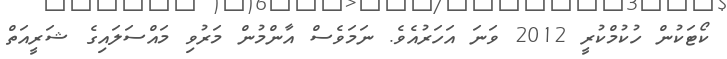
ކޯޓަކުން ހުކުމްކުރީ 2012 ވަނަ އަހަރުއެވެ. ނަމަވެސް އާންމުން މަރުވި މައްސަލައިގެ ޝަރީއަތް